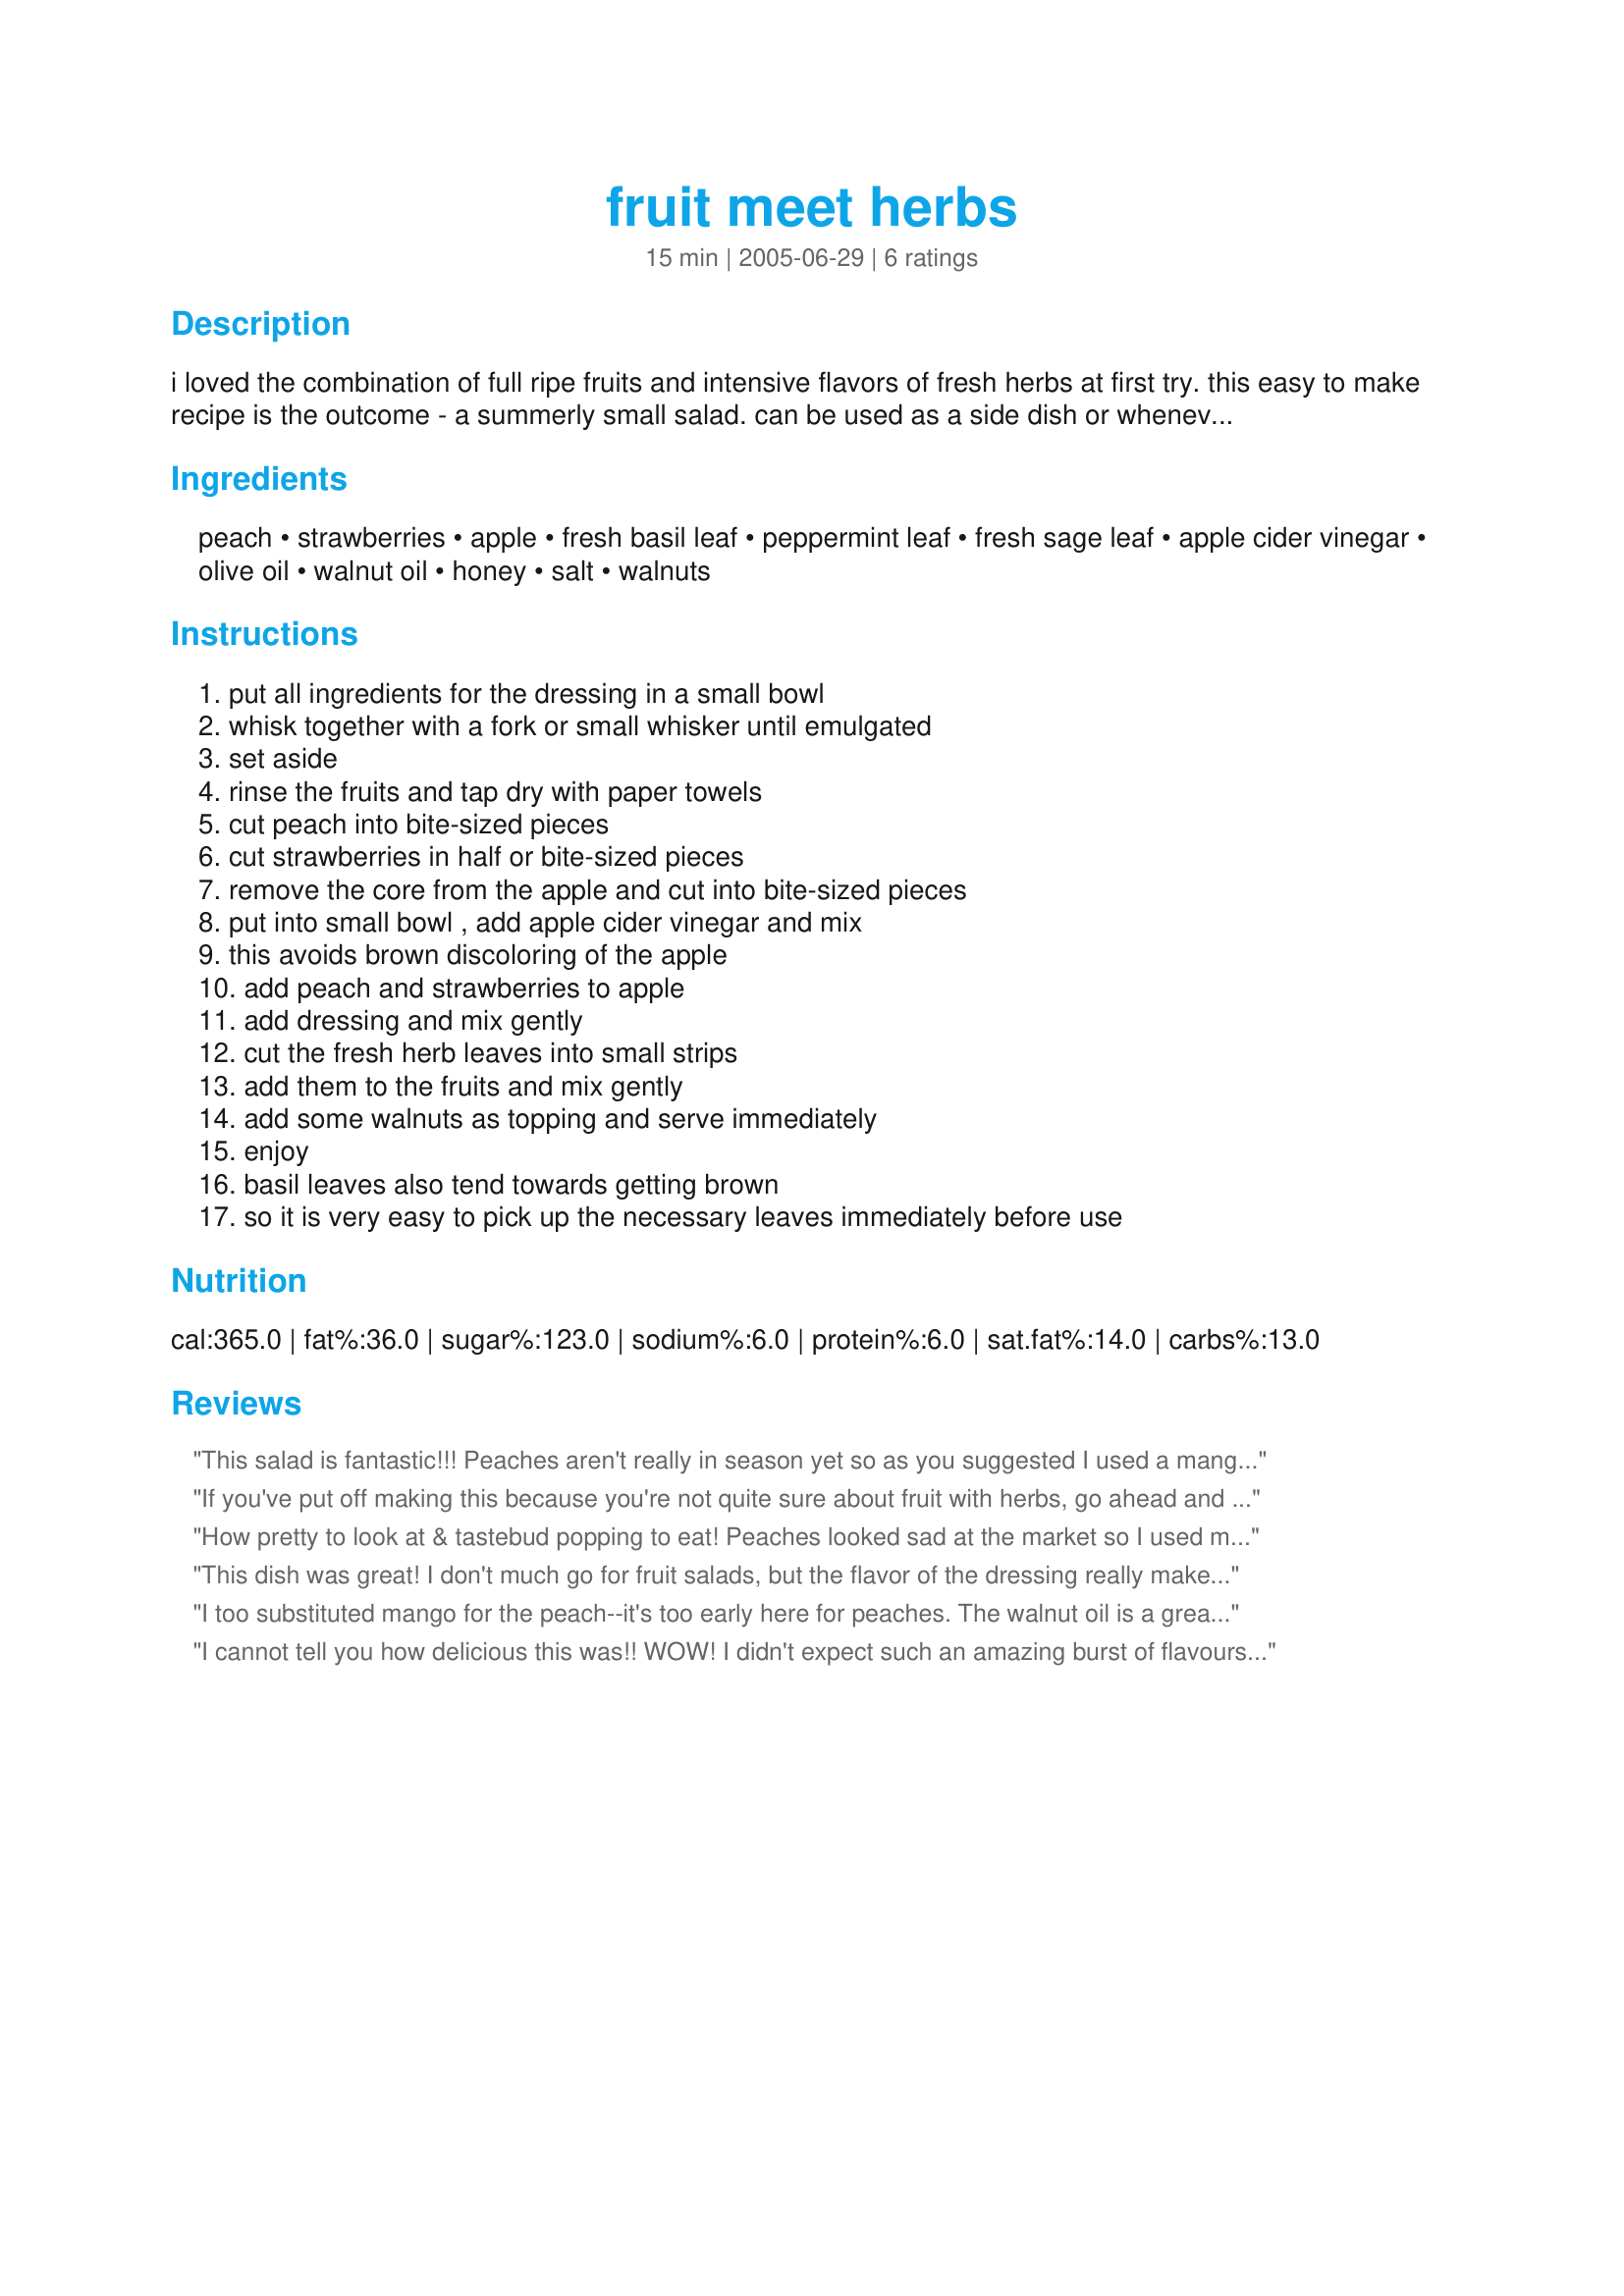
fruit meet herbs
Preparation time: 15 minutes

i loved the combination of full ripe fruits and intensive flavors of fresh herbs at first try. this easy to make recipe is the outcome - a summerly small salad. can be used as a side dish or whenever you feel it is time for an extra fruits 'n' herbs snack. use full ripe fresh fruits and herbs for best results. serve with ice tea or some dry white wine.

Ingredients:
peach, strawberries, apple, fresh basil leaf, peppermint leaf, fresh sage leaf, apple cider vinegar, olive oil, walnut oil, honey, salt, walnuts

Steps:
put all ingredients for the dressing in a small bowl, whisk together with a fork or small whisker until emulgated, set aside, rinse the fruits and tap dry with paper towels, cut peach into bite-sized pieces, cut strawberries in half or bite-sized pieces, remove the core from the apple and cut into bite-sized pieces, put into small bowl , add apple cider vinegar and mix, this avoids brown discoloring of the apple, add peach and strawberries to apple, add dressing and mix gently, cut the fresh herb leaves into small strips, add them to the fruits and mix gently, add some walnuts as topping and serve immediately, enjoy, basil leaves also tend towards getting brown, so it is very easy to pick up the necessary leaves immediately before use

Reviews:
This salad is fantastic!!! Peaches aren't really in season yet so as you suggested I used a mango. The colors are stunning and the fresh herbs mix well with the tartness of the fresh fruit. The honey addds just a hint of sweetness that nicely compliments the fruit. Living in pecan country, I used toasted pecans in place of the walnuts. I look forward to making this again and again while fresh strawberries are in season.
If you've put off making this because you're not quite sure about fruit with herbs, go ahead and take the plunge--this is fantastic! I made this exactly as written and we all loved it. Definitely a keeper in our house!
How pretty to look at & tastebud popping to eat! Peaches looked sad at the market so I used mango. For herbs, I went to my garden & had fun - sage, basil, mint - even a little parsely fell into my collection. The dressing takes this from fruit salad to haute cuisine. Thanks!
This dish was great! I don't much go for fruit salads, but the flavor of the dressing really makes a difference. It's very refreshing. I would never have thought a savory touch to fruit would be so good. When you get other people to try it, do warn them that this is a very different fruit salad. You should have seen the look on my dh's face when he tried it. He was expecting something sweet. I ended up eating the whole thing myself, which I didn't mind. I will make this again. Thanks Thorsten.
I too substituted mango for the peach--it's too early here for peaches. The walnut oil is a great touch--an excellent salad--thanks, Thorsten!
I cannot tell you how delicious this was!! WOW! I didn't expect such an amazing burst of flavours. I added fresh raspberries and blackberries as I had them on hand and this made a terrific lunch with a sandwich.
This will become a regular summer dish in our home.
Thanks for posting!!
